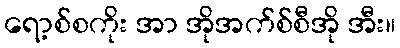
ရော့စ်စကိုး အာ အိုအက်စ်စီအို အီး။